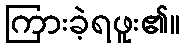
ကြားခဲ့ရဖူး၏။